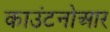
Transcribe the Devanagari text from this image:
काउंटनोआर